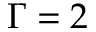
\Gamma = 2